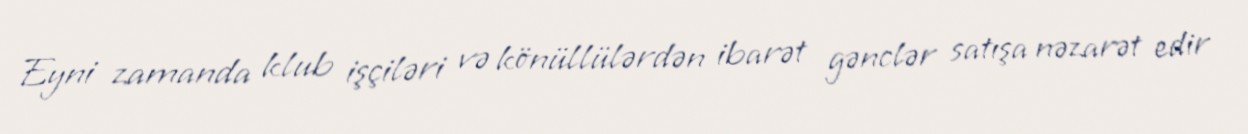
Eyni zamanda klub işçiləri və könüllülərdən ibarət gənclər satışa nəzarət edir